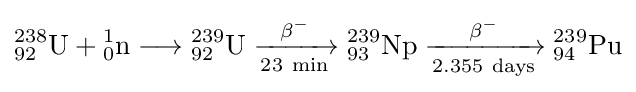
{{\mathrm {^{238}_{92}U} }{}+{}{\mathrm {^{1}_{0}n} }{}\mathrel {\longrightarrow } {}{\mathrm {^{239}_{92}U} }{}\mathrel {\xrightarrow[{23\ \mathrm {min} }]{\mathrm {\beta } {\vphantom {A}}^{-}}} {}{\mathrm {^{239}_{93}Np} }{}\mathrel {\xrightarrow[{2.355\ \mathrm {days} }]{\mathrm {\beta } {\vphantom {A}}^{-}}} {}{\mathrm {^{239}_{94}Pu} }}